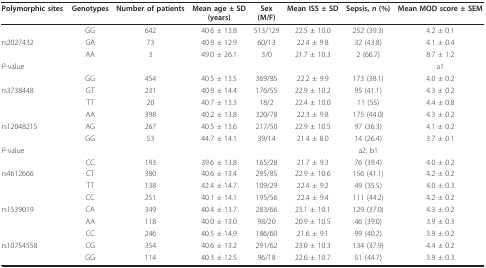
<table><thead><tr><td><b>Polymorphic sites</b></td><td><b>Genotypes</b></td><td><b>Number of patients</b></td><td><b>Mean age ± SD(years)</b></td><td><b>Sex(M/F)</b></td><td><b>Mean ISS ± SD</b></td><td><b>Sepsis, <i>n </i>(%)</b></td><td><b>Mean MOD score ± SEM</b></td></tr></thead><tbody><tr><td></td><td>GG</td><td>642</td><td>40.6 ± 13.8</td><td>513/129</td><td>22.5 ± 10.0</td><td>252 (39.3)</td><td>4.2 ± 0.1</td></tr><tr><td>rs2027432</td><td>GA</td><td>73</td><td>40.9 ± 12.9</td><td>60/13</td><td>22.4 ± 9.8</td><td>32 (43.8)</td><td>4.1 ± 0.4</td></tr><tr><td></td><td>AA</td><td>3</td><td>49.0 ± 26.1</td><td>3/0</td><td>21.7 ± 10.3</td><td>2 (66.7)</td><td>8.7 ± 1.2</td></tr><tr><td><i>P</i>-value</td><td></td><td></td><td></td><td></td><td></td><td></td><td>a1</td></tr><tr><td></td><td>GG</td><td>454</td><td>40.5 ± 13.5</td><td>369/85</td><td>22.2 ± 9.9</td><td>173 (38.1)</td><td>4.0 ± 0.2</td></tr><tr><td>rs3738448</td><td>GT</td><td>231</td><td>40.9 ± 14.4</td><td>176/55</td><td>22.9 ± 10.2</td><td>95 (41.1)</td><td>4.3 ± 0.2</td></tr><tr><td></td><td>TT</td><td>20</td><td>40.7 ± 13.3</td><td>18/2</td><td>22.4 ± 10.0</td><td>11 (55)</td><td>4.4 ± 0.8</td></tr><tr><td></td><td>AA</td><td>398</td><td>40.2 ± 13.8</td><td>320/78</td><td>22.3 ± 9.8</td><td>175 (44.0)</td><td>4.3 ± 0.2</td></tr><tr><td>rs12048215</td><td>AG</td><td>267</td><td>40.5 ± 13.6</td><td>217/50</td><td>22.9 ± 10.5</td><td>97 (36.3)</td><td>4.1 ± 0.2</td></tr><tr><td></td><td>GG</td><td>53</td><td>44.7 ± 14.1</td><td>39/14</td><td>21.4 ± 8.0</td><td>14 (26.4)</td><td>3.7 ± 0.1</td></tr><tr><td><i>P</i>-value</td><td></td><td></td><td></td><td></td><td></td><td>a2, b1</td><td></td></tr><tr><td></td><td>CC</td><td>193</td><td>39.6 ± 13.8</td><td>165/28</td><td>21.7 ± 9.3</td><td>76 (39.4)</td><td>4.0 ± 0.2</td></tr><tr><td>rs4612666</td><td>CT</td><td>380</td><td>40.6 ± 13.4</td><td>295/85</td><td>22.9 ± 10.6</td><td>156 (41.1)</td><td>4.2 ± 0.2</td></tr><tr><td></td><td>TT</td><td>138</td><td>42.4 ± 14.7</td><td>109/29</td><td>22.4 ± 9.2</td><td>49 (35.5)</td><td>4.0 ± 0.3</td></tr><tr><td></td><td>CC</td><td>251</td><td>40.1 ± 14.1</td><td>195/56</td><td>22.4 ± 9.4</td><td>111 (44.2)</td><td>4.2 ± 0.2</td></tr><tr><td>rs1539019</td><td>CA</td><td>349</td><td>40.4 ± 13.7</td><td>283/66</td><td>23.1 ± 10.1</td><td>129 (37.0)</td><td>4.3 ± 0.2</td></tr><tr><td></td><td>AA</td><td>118</td><td>40.0 ± 13.0</td><td>98/20</td><td>20.9 ± 10.5</td><td>46 (39.0)</td><td>3.9 ± 0.3</td></tr><tr><td></td><td>CC</td><td>246</td><td>40.5 ± 14.9</td><td>186/60</td><td>21.6 ± 9.1</td><td>99 (40.2)</td><td>3.9 ± 0.2</td></tr><tr><td>rs10754558</td><td>CG</td><td>354</td><td>40.6 ± 13.2</td><td>291/62</td><td>23.0 ± 10.3</td><td>134 (37.9)</td><td>4.4 ± 0.2</td></tr><tr><td></td><td>GG</td><td>114</td><td>40.3 ± 12.5</td><td>96/18</td><td>22.6 ± 10.7</td><td>51 (44.7)</td><td>3.9 ± 0.3</td></tr></tbody></table>